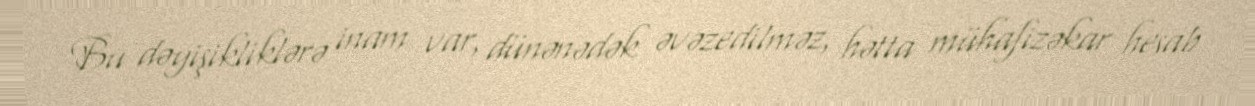
Bu dəyişikliklərə inam var, dünənədək əvəzedilməz, hətta mühafizəkar hesab